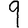
Digit: 9